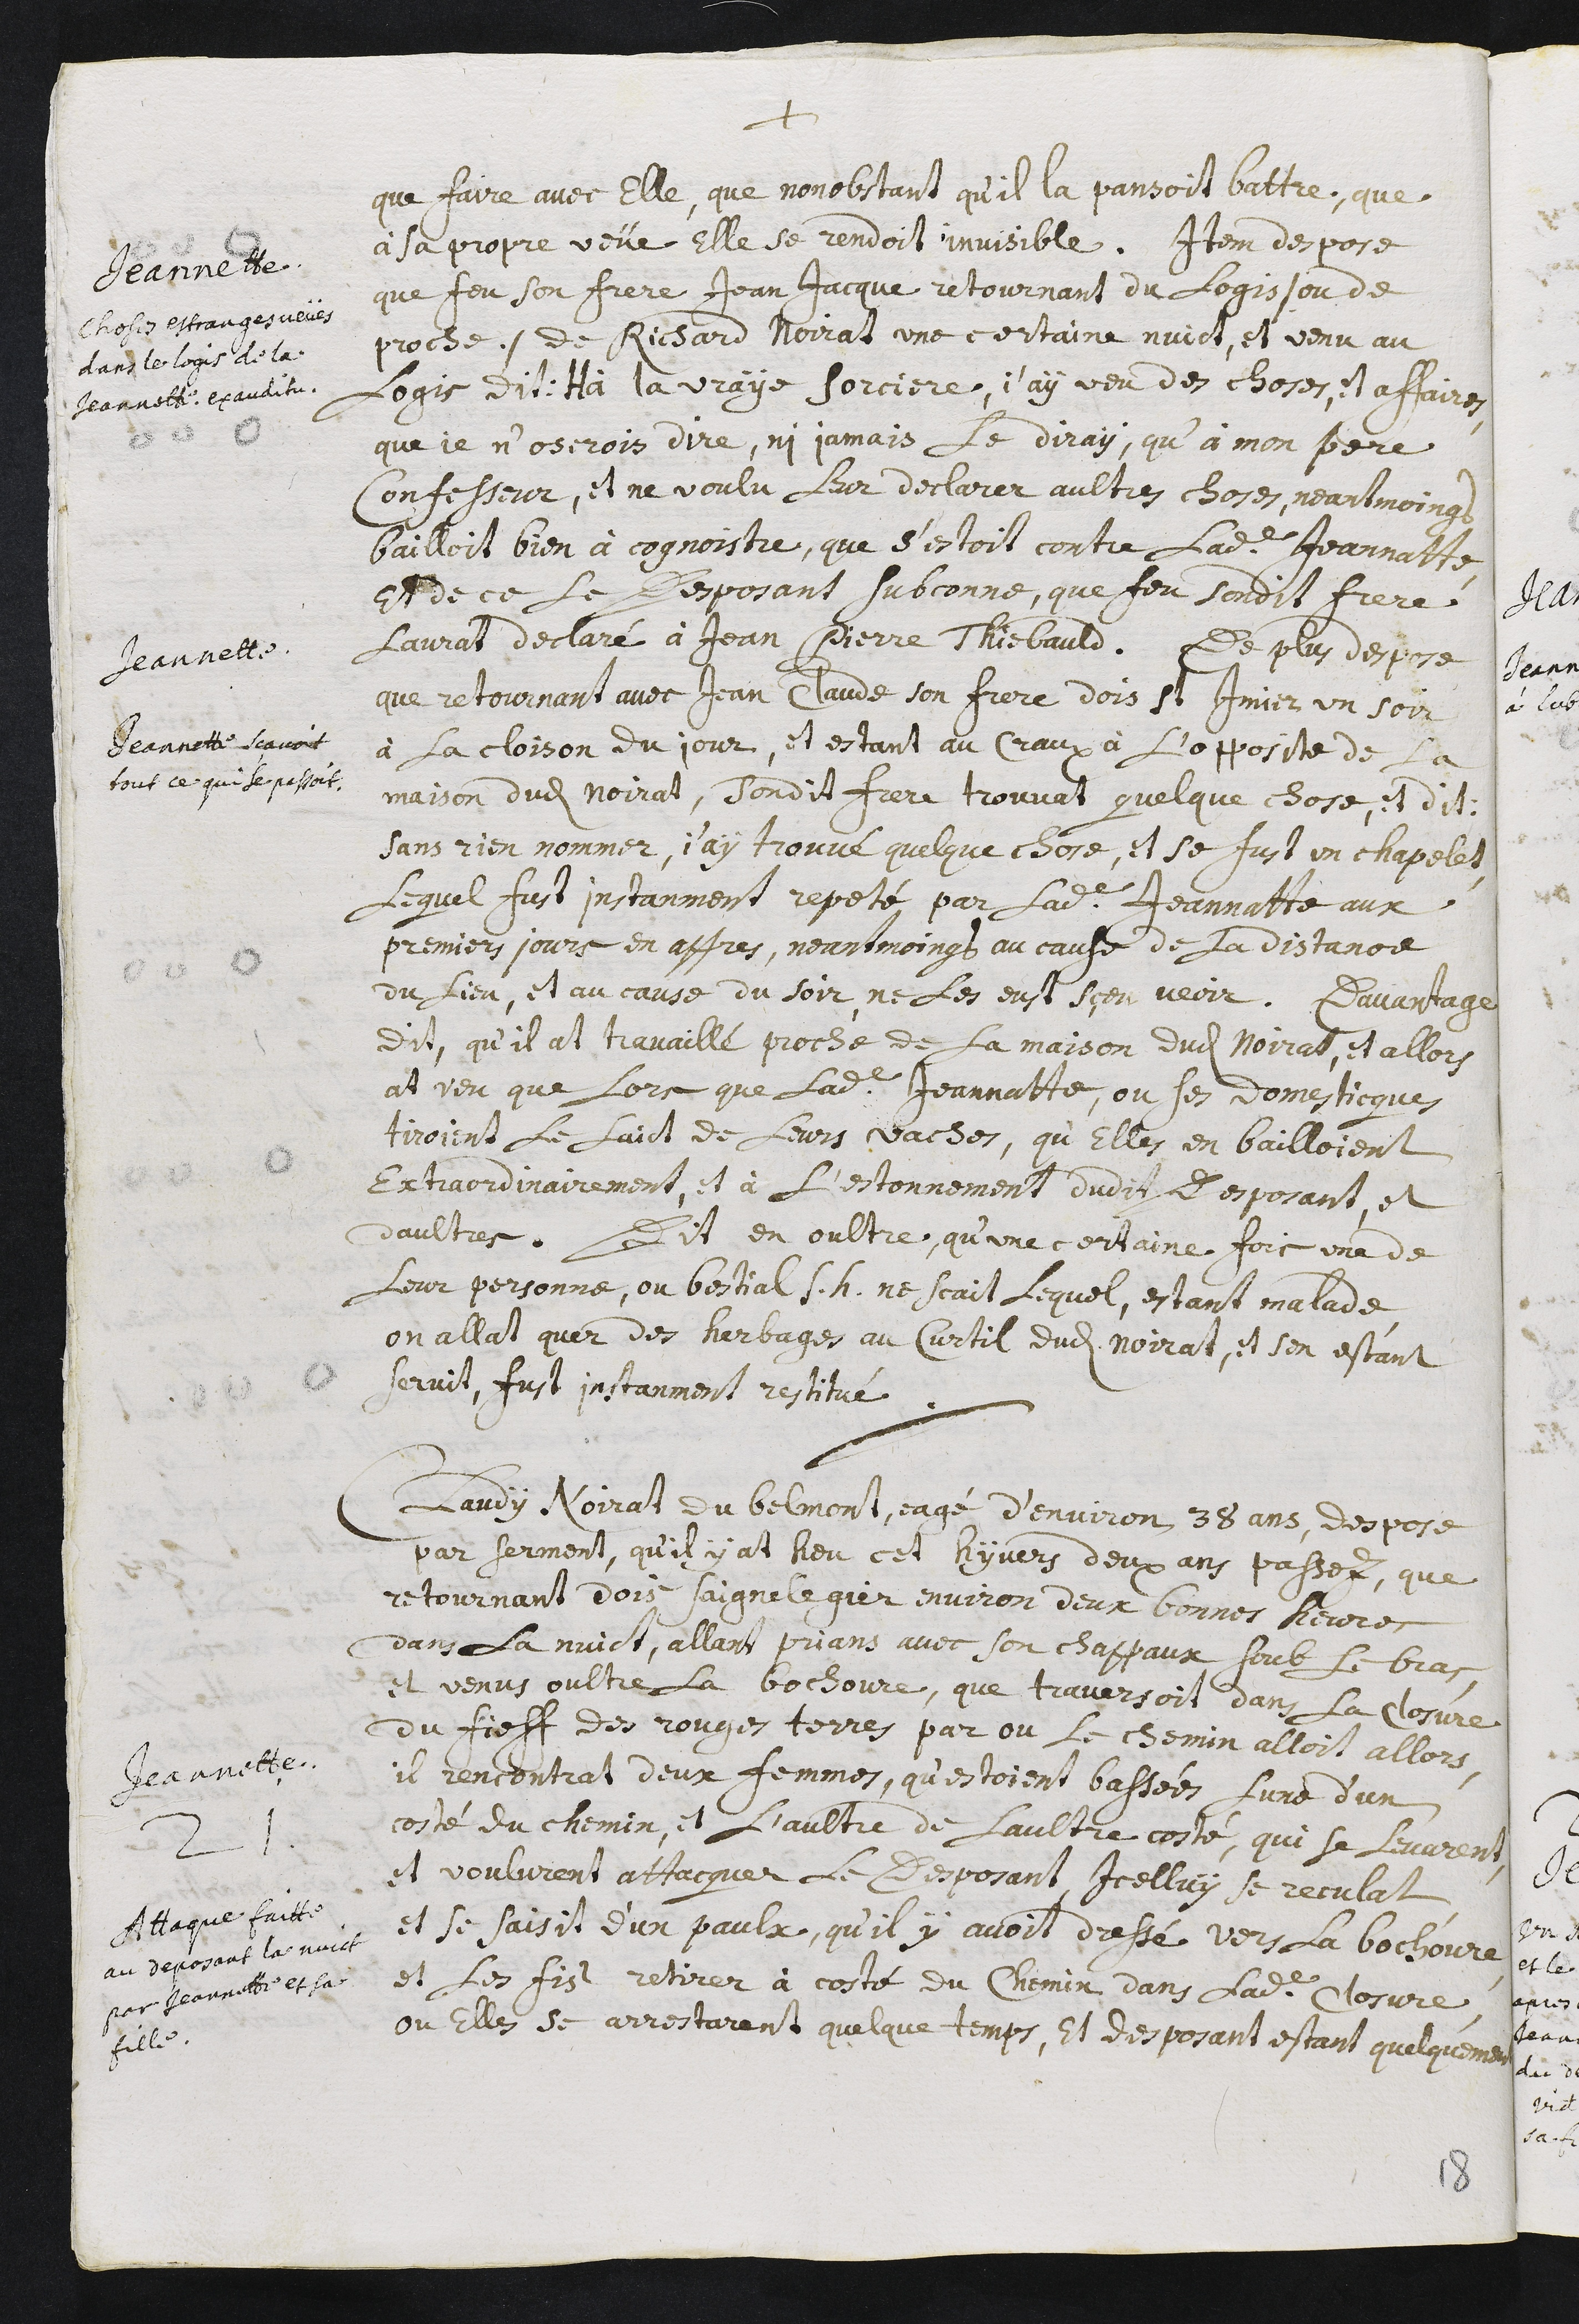
+
que faire avec elle, que nonobstant qu’il la pansoit battre, que
à sa propre veue elle se rendoit invisible.
Jeannette
Choses estranges veues
dans le logis de la
Jeannette. Ex auditu.
Item despose
que feu son frere Jean Jacque retournant du logis /. ou de
proche ./ de Richard Noirat une certaine nuict, et venu au
logis dit : Hà la vraye sorciere, j’ay veu des choses, et affaires,
que je n’oserois dire, ni jamais le diray, qu’à mon pere
confesseur, et ne voulu leur declarer aultres choses. Neantmoings
bailloit bien à cognoistre, que s’estoit contre ladite Jeannatte,
et de ce le desposant subconne, que feu sondit frere
l’aurat declaré à Jean Pierre Thiebauld.
Jeannette.
Jeannette scavoit
tout ce qui se passoit.
De plus despose
que retournant avec Jean Claude son frere dois St Imier un soir
à la cloison du jour, et estant au Craux à l’opposite de la
maison dudit Noirat, sondit frere trouvat quelque chose, et dit :
Sans rien nommer, j’ay trouvé quelque chose, et se fust un chapelet,
lequel fust instanment repeté par ladite Jeannatte aux
premiers jours en appres, neantmoings au cause de la distance
du lieu, et au cause du soir, ne les eust sçeu veoir. Davantage
dit, qu’il at travaillé proche de la maison dudit Noirat, et allors
at veu que lors que ladite Jeannatte, ou ses domesticques
tiroient le laict de leurs vaches, qu’elles en bailloient
extraordinairement, et à l’estonnement dudit desposant, et
d’aultres. Dit en oultre, qu’une certaine fois une de
leur personne, ou bestial s.h. ne scait lequel, estant malade,
on allat quer des herbages au curtil dudit Noirat, et s’en estant
servit, fust instanment restitué.
Jeannette.
Attaque faitte
au deposant la nuict
par Jeannette et sa
fille.
21. Claudy Noirat du Belmont, eagé d’environ 38 ans, despose
par serment, qu’il y at heu cet hyvers deux ans passez, que
retournant dois Saignelegier environ deux bonnes heures
dans la nuict, allant prians avec son chappaux soub le bras,
et venus oultre la bochoure, que traversoit dans la closure
du fieff des Rouges Terres par ou le chemin alloit allors,
il rencontrat deux femmes, qu’estoient bassées l’une d’un
costé du chemin, et l’aultre de l’aultre costé, que se levarent,
et voulurent attacquer le desposant. Icelluy se reculat,
et se saisit d’un paulx, qu’il y avoit dressé vers la bochoure,
et les fist retirer à costé du chemin dans ladite closure,
ou elles se arrestarent quelque temps, et desposant estant quelquement